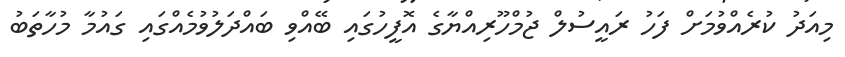
މިއަދު ކުރެއްވުމަށް ފަހު ރައީސުލް ޖުމްހޫރިއްޔާގެ އޮފީހުގައި ބޭއްވި ބައްދަލުވުމެއްގައި ގައުމާ މުހާތަބު